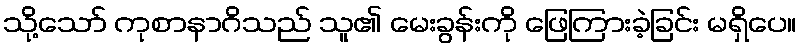
သို့သော် ကုစာနာဂိသည် သူ၏ မေးခွန်းကို ဖြေကြားခဲ့ခြင်း မရှိပေ။